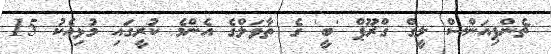
ޗެންޕިއަންސް ލީގް ގްރޫޕް 'ބީ' ގެ ތާވަލްގެ އެންމެ ކުރީގައި މުޅިއެކު 15